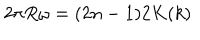
2 \pi R \omega = ( 2 n - 1 ) 2 K ( k )